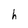
Character: h